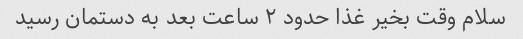
سلام وقت بخیر غذا حدود ۲ ساعت بعد به دستمان رسید